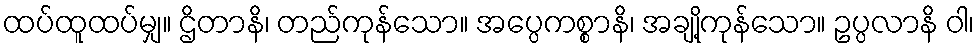
ထပ်ထူထပ်မျှ။ ဌိတာနိ၊ တည်ကုန်သော။ အပ္ပေကစ္စာနိ၊ အချို့ကုန်သော။ ဥပ္ပလာနိ ဝါ၊